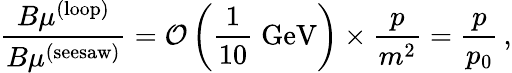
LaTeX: \frac{B\mu^{(\mathrm{loop)}}}{B\mu^{(\mathrm{seesaw)}}}={\cal O}\left(\frac{1}{10}\; \mathrm{GeV}\right)\times\frac{p}{m^{2}}=\frac{p}{p_{0}}\, ,